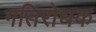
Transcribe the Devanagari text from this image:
गतिरोधक